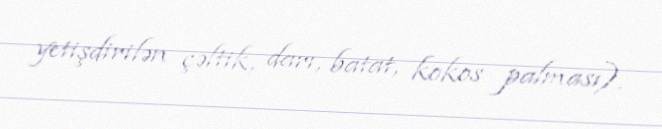
yetişdirilən çəltik, darı, batat, kokos palması).